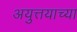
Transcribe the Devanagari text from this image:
अयुत्तयाच्या